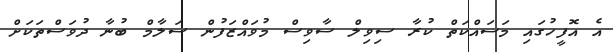
އެ އޮފީހުގައި މަސައްކަތް ކުރާ ސިވިލް ސާވިސް މުވައްޒަފުން ސަލާމް ބުނާ ދުވަސްތަކަށް